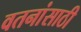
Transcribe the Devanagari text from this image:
वतनांसाठी